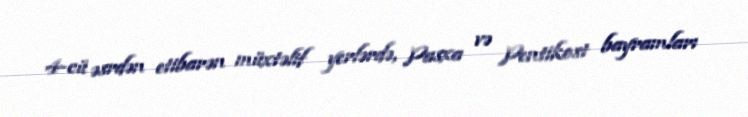
4-cü əsrdən etibarən müxtəlif yerlərdə, Pasxa və Pentikost bayramları